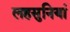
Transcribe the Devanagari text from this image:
लहसुनियां